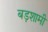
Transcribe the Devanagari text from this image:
बड़शामी